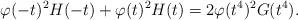
LaTeX: \begin{align*} \varphi(-t)^2H(-t)+\varphi(t)^2H(t) = 2\varphi(t^4)^2G(t^4).\end{align*}